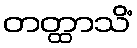
တတ္ထာသိံ